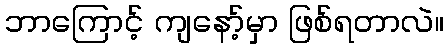
ဘာကြောင့် ကျနော့်မှာ ဖြစ်ရတာလဲ။